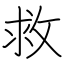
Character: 救